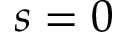
s = 0